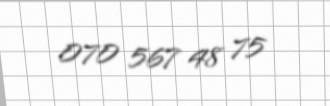
070 567 48 75